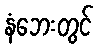
နံဘေးတွင်